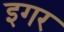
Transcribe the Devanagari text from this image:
इगर